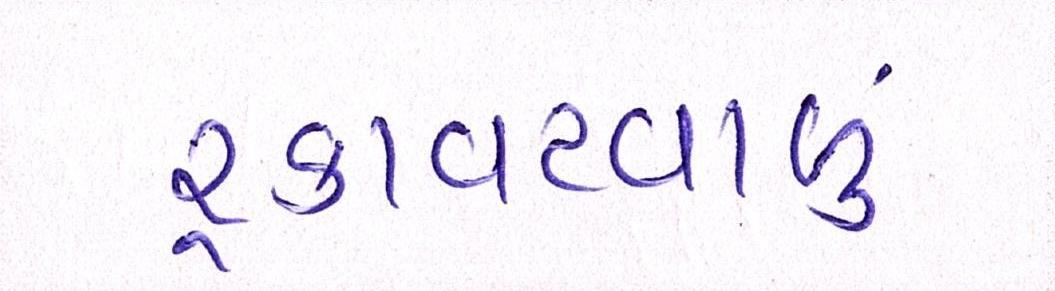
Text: રૃકાવટવાળું